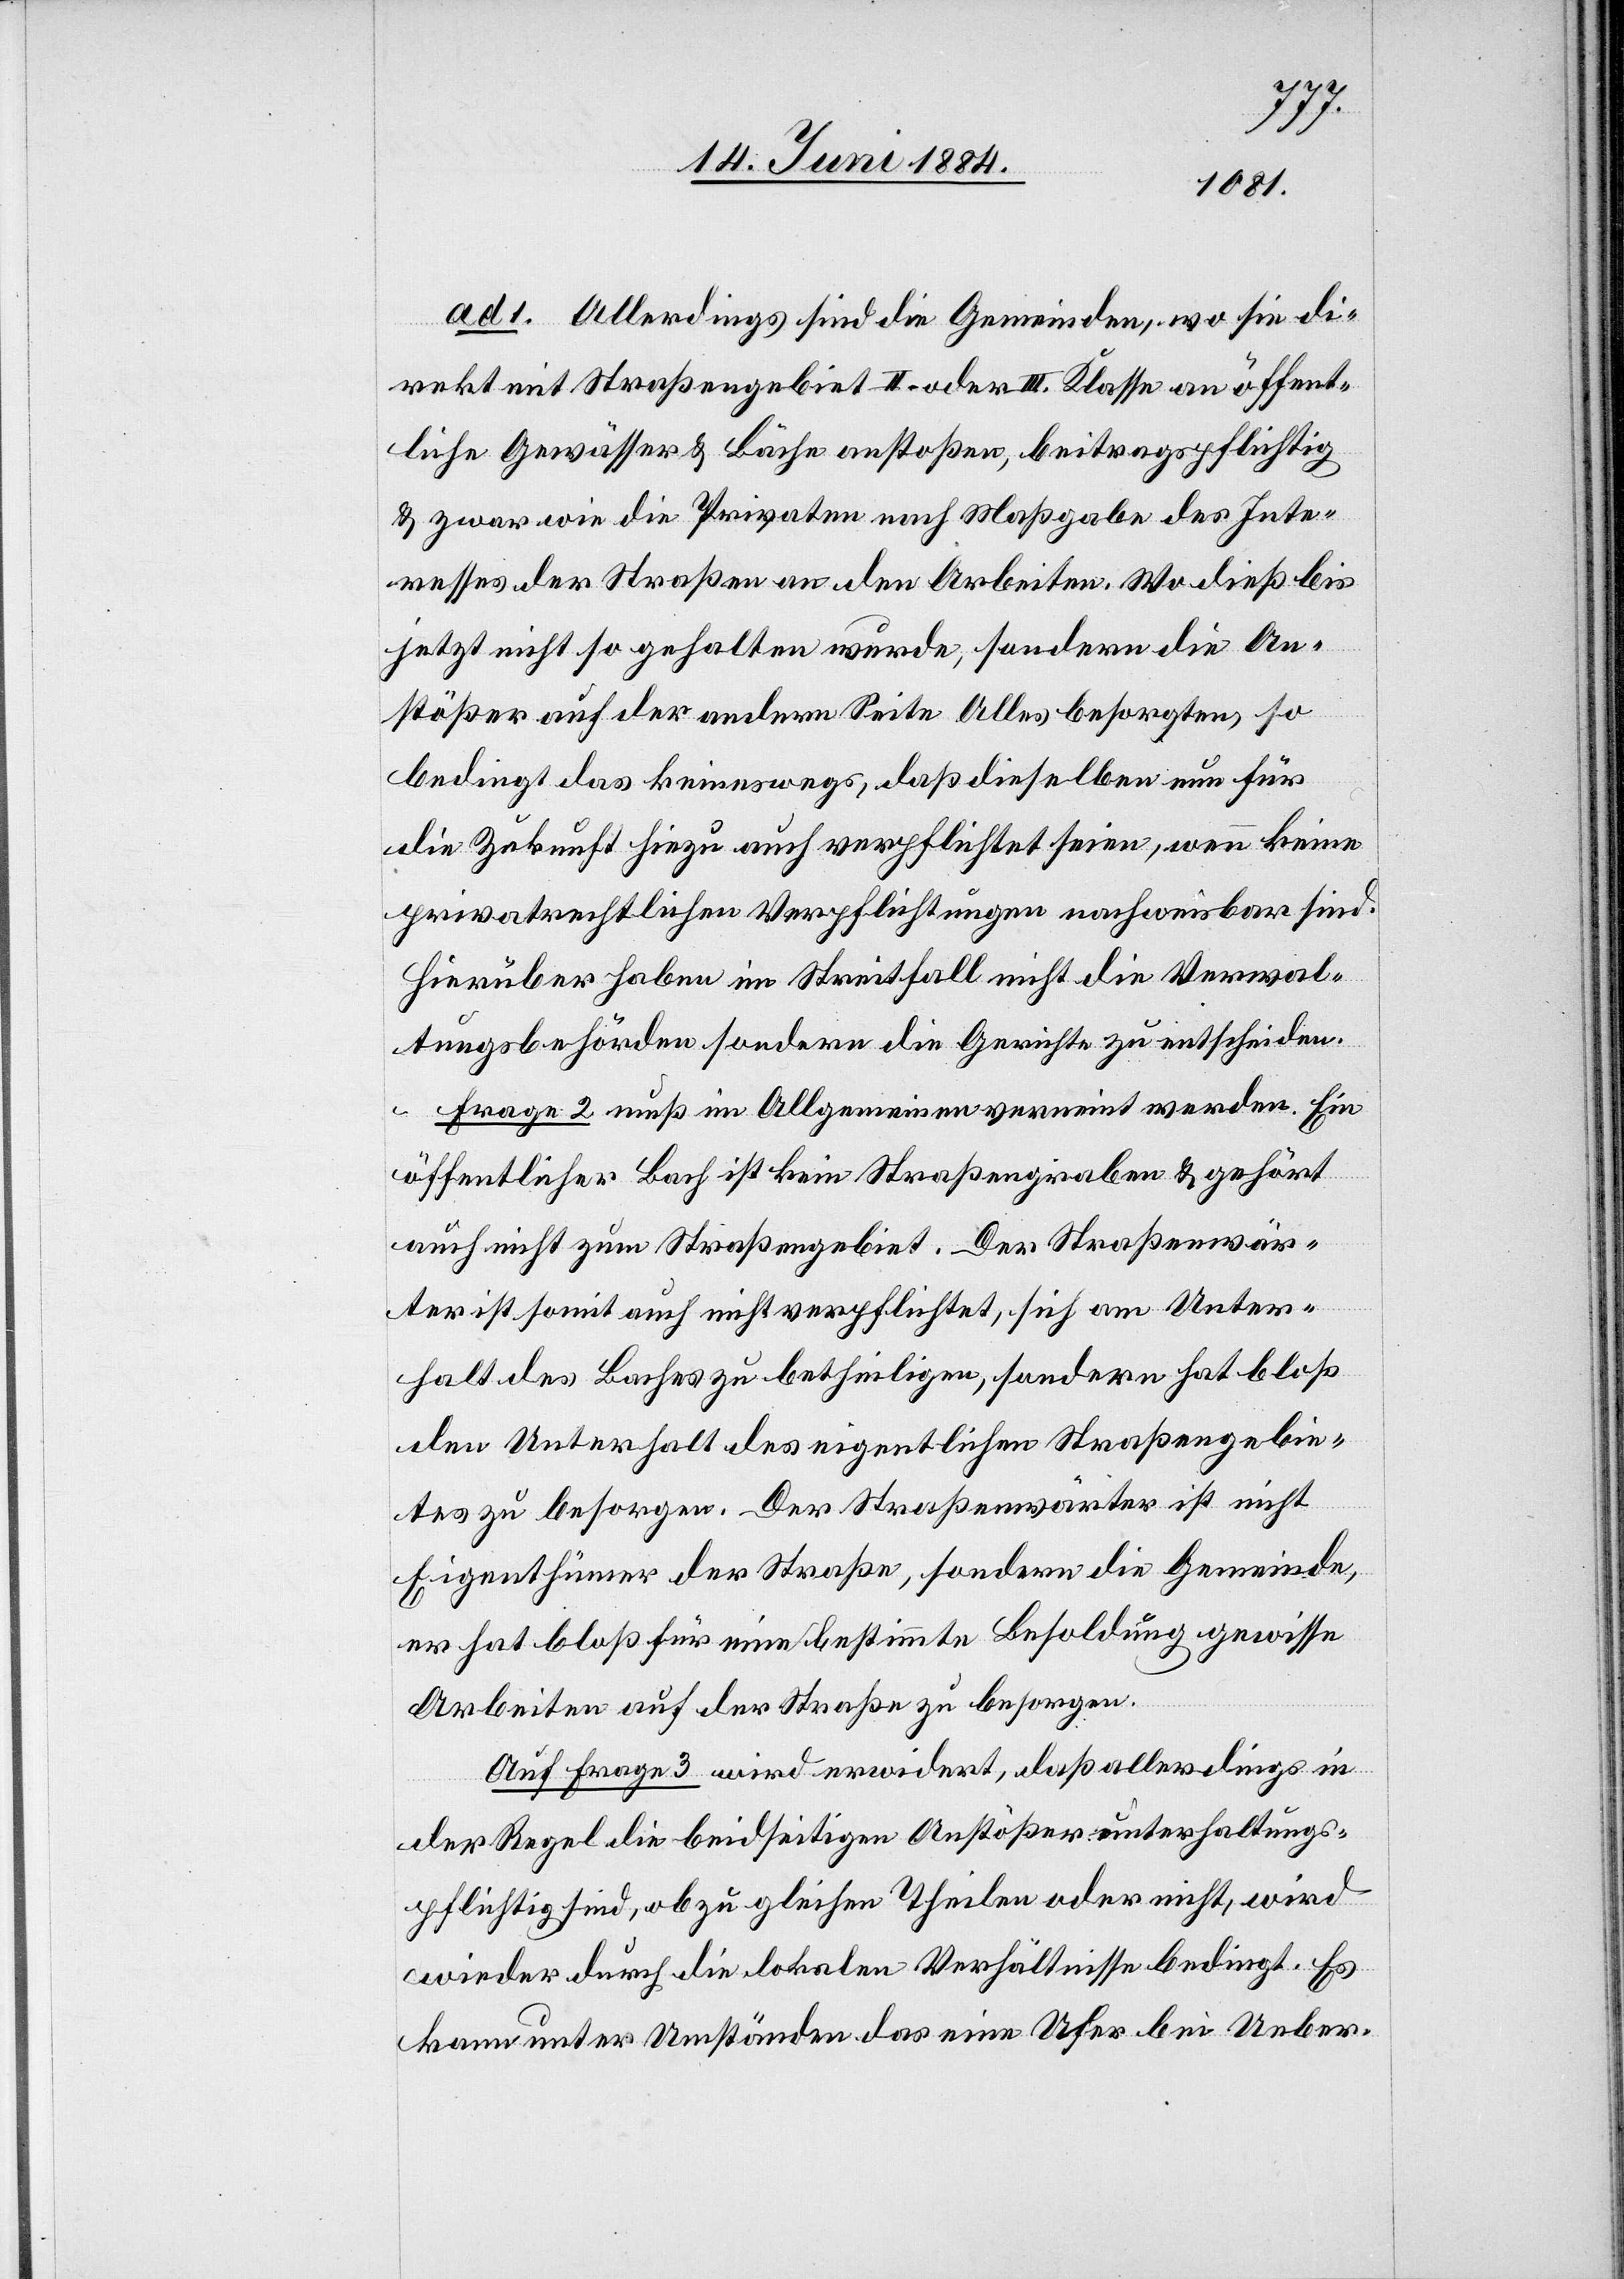
ad 1. Allerdings sind die Gemeinden, wo sie di¬
rekt mit Straßengebiet II. oder IIl. Klasse an öffent¬
lichen Gewässer & Bäche anstoßen, beitragspflichtig
& zwar wie die Privaten nach Maßgabe des Inte¬
resses der Straßen an den Arbeiten. Wo dieß bis
jetzt nicht so gehalten wurde, sondern die An¬
stößer auf der andern Seite Alles besorgten, so
bedingt das keineswegs, daß dieselben nun für
die Zukunft hiezu auch verpflichtet seien, wenn keine
privatrechtlichen Verpflichtungen nachweisbar sind.
Hierüber haben im Streitfall nicht die Verwal¬
tungsbehörden sondern die Gerichte zu entscheiden.
Frage 2 muß im Allgemeinen verneint werden. Ein
öffentlicher Bach ist kein Straßengraben & gehört
auch nicht zum Straßengebiet. Der Straßenwär¬
ter ist somit auch nicht verpflichtet, sich am Unter¬
halt des Baches zu betheiligen, sondern hat bloß
den Unterhalt des eigentlichen Straßengebie¬
tes zu besorgen. Der Straßenwärter ist nicht
Eigenthümer der Straße, sondern die Gemeinde,
er hat bloß für eine bestimmte Besoldung gewisse
Arbeiten auf der Straße zu besorgen.
Auf Frage 3 wird erwidert, daß allerdings in
der Regel die beidseitigen Anstößer unterhaltungs¬
pflichtig sind, ob zu gleichen Theilen oder nicht, wird
wieder durch die lokalen Verhältnisse bedingt. Es
kann unter Umständen das eine Ufer bei Ueber-